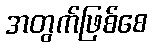
အတွက်ဖြစ်စေ